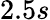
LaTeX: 2.5s